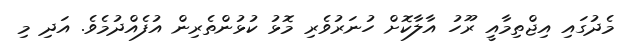
މެދުގައި އިޖްތިމާއީ ރޫހު އާލާކޮށް ހުނަރުވެރި މޮޅު ކުޅުންތެރިން އުފެއްދުމެވެ. އަދި މި